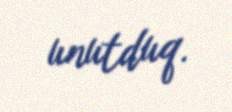
unutduq.